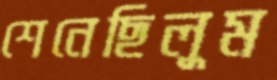
শেনেছিলুম